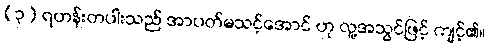
(၃) ရဟန်းတပါးသည် အာပတ်မသင့်အောင် ဟု လူ့အသွင်ဖြင့် ကျင့်၏။